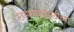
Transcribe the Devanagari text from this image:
छापण्यासाठीच्या